Annual returns of the Patna Lunatic Asylum at Bankipore in Bihar and Orissa - 1912-1924
Year: 1912
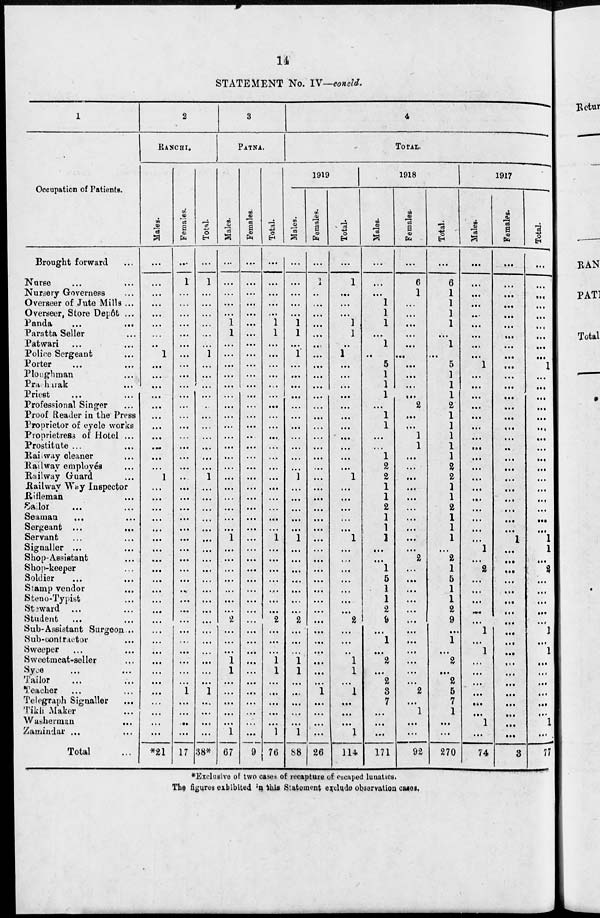
14
STATEMENT No. IV—concld.
1
Occupation of Patients.
Brought forward ...
Nurse ... ...
Nursery Governess ...
Overseer of Jute Mills ...
Overseer, Store Depôt ...
Panda
...
...
Paratta Seller ...
Patwari ... ...
Police Sergeant ...
Porter ... ...
Ploughman ...
Pracharak ...
Priest
...
...
Professional Singer ...
Proof Reader in the Press
Proprietor of cycle works
Proprietress of Hotel ...
Prostitute ...
Railway cleaner ...
Railway employés ...
Railway Guard ...
Railway Way Inspector
Rifleman ...
Sailor ... ...
Seaman ... ...
Sergeant ... ...
Servant ... ...
Signaller ... ...
Shop-Assistant ...
Shop-keeper ...
Soldier ... ...
Stamp vendor ...
Steno-Typist ...
Steward ... ...
Student ... ...
Sub-Assistant Surgeon...
Sub-contractor ...
Sweeper ... ...
Sweetmeat-Seller ...
Syce
...
...
Tailor ... ...
Teacher ... ...
Telegraph Signaller
...
Tikh Maker ...
Washerman ...
Zamindar ...
Total ...
2
RANCHI.
Males.
...
...
...
...
...
...
...
...
1
...
...
...
...
...
...
...
...
...
...
...
1
...
...
...
...
...
...
...
...
...
...
...
...
...
...
...
...
...
...
...
...
...
...
...
...
...
*21
Females.
...
1
...
...
...
...
...
...
...
...
...
...
...
...
...
...
...
...
...
...
..
...
...
...
...
...
...
...
...
...
...
...
...
...
...
...
...
...
...
...
...
1
...
...
...
...
17
Total.
...
1
...
. ...
...
...
...
...
1
...
...
...
...
...
...
...
...
...
...
...
1
...
...
...
...
...
...
...
...
...
...
...
...
...
...
...
...
...
...
....
...
1
...
...
...
...
38*
3
PATNA.
Males.
...
...
...
...
...
1
1
...
...
...
...
...
...
...
...
...
...
...
...
...
...
...
...
...
...
...
1
...
...
...
...
...
...
...
2
...
...
...
1
1
...
...
...
...
...
1
67
Females.
....
...
...
...
...
...
...
...
...
...
...
...
...
...
...
...
...
...
...
...
...
...
...
...
...
...
...
...
...
...
...
...
...
...
...
...
...
...
...
...
...
...
...
...
...
...
9
Total.
...
...
...
...
...
1
1
...
...
...
...
...
...
...
...
...
...
...
....
...
...
...
...
...
...
...
1
...
...
...
...
...
...
...
2
...
...
...
1
1
...
...
...
...
...
1
76
4
TOTAL.
1919
Males.
...
...
...
...
...
1
1
...
1
...
...
...
...
...
...
...
...
...
....
...
1
...
...
...
...
...
1
...
...
...
...
...
...
...
2
...
...
...
1
1
...
...
...
....
...
1
88
Females.
...
1
...
...
...
...
...
...
...
...
...
...
...
...
...
...
...
...
...
...
...
...
...
...
...
...
...
...
...
...
...
...
...
...
...
...
...
...
....
...
...
1
...
...
...
...
26
Total.
...
1
...
...
...
1
1
..
1
...
...
...
...
...
...
...
...
...
...
...
1
...
...
...
...
...
1
...
...
...
...
...
...
...
2
...
...
...
1
1
...
1
...
...
...
1
114
1918
Males.
...
...
...
1
1
1
...
1
...
5
1
1
1
...
1
1
...
...
1
2
2
1
1
2
1
1
1
...
...
1
5
1
1
2
9
...
1
...
2
...
2
3
7
...
...
...
171
Females.
...
6
1
...
...
...
...
...
...
...
...
...
...
2
...
...
1
1
...
...
....
...
...
...
...
...
...
...
2
...
...
...
...
...
...
...
...
...
...
...
...
2
...
1
...
...
92
Total.
...
6
1
1
1
1
...
1
...
5
1
1
1
2
1
1
1
1
1
2
2
1
1
2
1
1
1
...
2
1
5
1
1
2
9
...
1
...
2
...
2
5
7
1
...
...
270
1917
Males.
...
...
...
...
...
...
...
...
...
1
...
...
...
...
...
...
...
...
...
...
...
...
...
...
...
...
...
1
...
2
...
...
...
...
...
1
...
1
...
...
...
...
...
...
1
...
74
Females.
...
...
...
...
...
...
...
...
...
...
...
...
...
...
...
...
...
...
...
...
...
...
...
...
...
...
1
...
...
...
...
...
...
...
...
...
...
...
...
...
...
...
...
...
...
...
3
Total.
...
...
...
...
...
...
...
...
...
1
...
...
...
...
...
...
...
...
...
...
...
...
...
...
...
...
1
1
...
2
...
....
...
...
...
1
...
1
...
...
...
...
...
...
1
...
77
*Exclusive of two cases of recapture of escaped lunatics.
The figures exhibited in this Statement exclude observation cases.